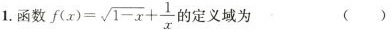
1.数$$f ( x ) = \sqrt{1-x} + \frac{1}{x}$$的定义域为（）